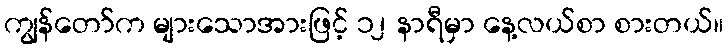
ကျွန်တော်က များသောအားဖြင့် ၁၂ နာရီမှာ နေ့လယ်စာ စားတယ်။